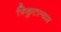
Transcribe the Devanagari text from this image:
त्रिकुटल्यम